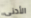
الأدنى